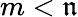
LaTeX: m<\mathfrak{n}